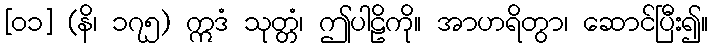
[၀၁] (နိ၊ ၁၇၅) ဣဒံ သုတ္တံ၊ ဤပါဠိကို။ အာဟရိတွာ၊ ဆောင်ပြီး၍။